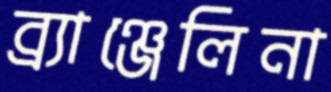
ব্র্যাঞ্জেলিনা